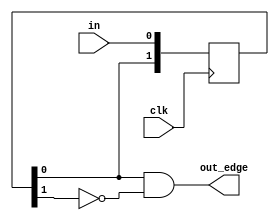
`timescale 1ns / 1ps
//////////////////////////////////////////////////////////////////////////////////
// Company: 
// Engineer: 
// 
// Design Name: 
// Module Name: edge_gen
// Project Name: 
// Target Devices: 
// Tool Versions: 
// Description: 
// 
// Dependencies: 
// 
// Revision:
// Revision 0.01 - File Created
// Additional Comments:
// 
//////////////////////////////////////////////////////////////////////////////////

module edge_gen(
    input clk,
    input in,
    output out_edge
);

reg [1:0] record = 2'b00;

always @(posedge clk)
    record <= {record[0], in};

assign out_edge = record[0] & ~record[1];

endmodule